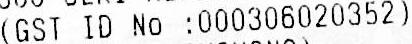
(GST ID NO :000306020352)